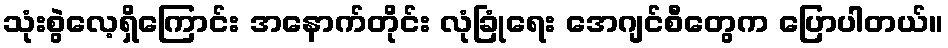
သုံးစွဲလေ့ရှိကြောင်း အနောက်တိုင်း လုံခြုံရေး အေဂျင်စီတွေက ပြောပါတယ်။